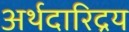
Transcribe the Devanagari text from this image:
अर्थदारिद्रय